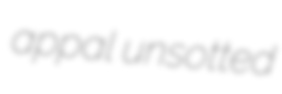
appal unsotted